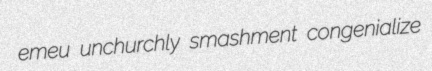
emeu unchurchly smashment congenialize